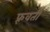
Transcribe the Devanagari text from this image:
फ़्रवर्ती